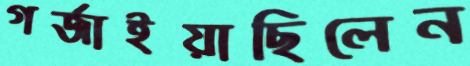
গর্জাইয়াছিলেন